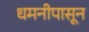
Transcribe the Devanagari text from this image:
धमनीपासून